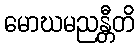
မောဃမညန္တီတိ